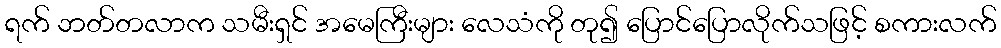
ရက် ဘတ်တလာက သမီးရှင် အမေကြီးများ လေသံကို တု၍ ပြောင်ပြောလိုက်သဖြင့် စကားလက်